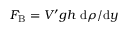
F _ { \mathrm { B } } = V ^ { \prime } g h \, \, \mathrm { d } \rho / \mathrm { d } y